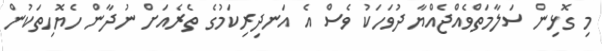
މި ގޮޅިން ސަލާމަތްވެއްޖެއްޔާ ދުވަހަކު ވެސް އެ އަނދިރިކަމުގެ ތެރެއަށް ނުދާން ހެޔޮހިތަަކުން